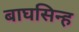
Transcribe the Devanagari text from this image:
बाघसिन्ह